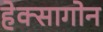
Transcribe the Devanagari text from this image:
हेक्सागोन